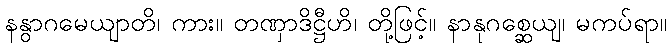
နနွာဂမေယျာတိ၊ ကား။ တဏှာဒိဋ္ဌီဟိ၊ တို့ဖြင့်။ နာနုဂစ္ဆေယျ၊ မကပ်ရာ။